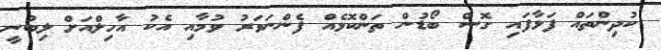
ކުދިންތައް ފަޅާފައި ގޮސް ބޯޑުން ތަންކޮޅެއް ފެންނަވަރު ވުމާއި އެކު އާހިލްއަށް ލިބުނީ